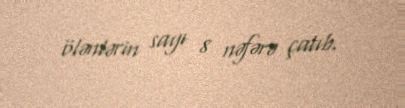
ölənlərin sayı 8 nəfərə çatıb.